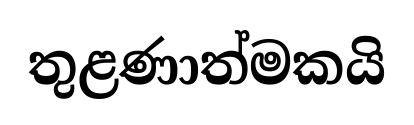
තුළණාත්මකයි